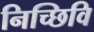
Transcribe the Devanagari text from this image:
निच्छिवि